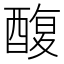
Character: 𮠸